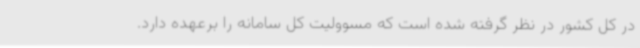
در کل کشور در نظر گرفته شده است که مسوولیت کل سامانه را برعهده دارد.